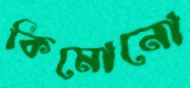
কিমোনো